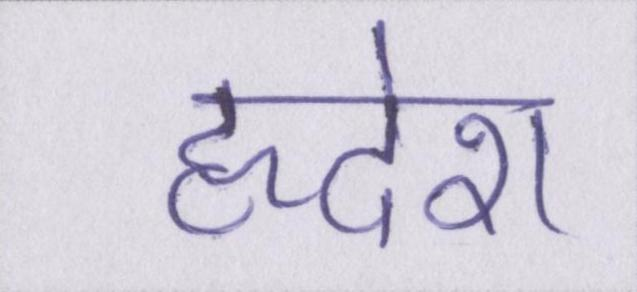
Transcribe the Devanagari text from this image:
हृदेश